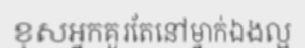
ខុសអ្នកគួរតែនៅម្នាក់ឯងល្អ